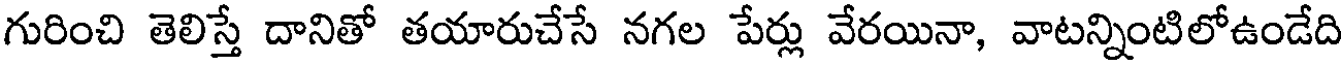
గురించి తెలిస్తే దానితో తయారుచేసే నగల పేర్లు వేరయినా, వాటన్నింటిలోఉండేది